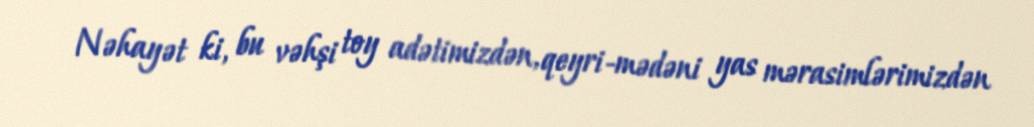
Nəhayət ki, bu vəhşi toy adətimizdən, qeyri-mədəni yas mərasimlərimizdən